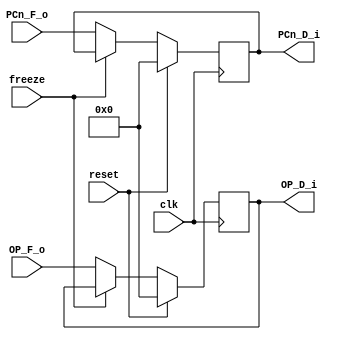
`timescale 1ns / 1ps
//////////////////////////////////////////////////////////////////////////////////
// Company: 
// Engineer: 
// 
// Design Name: 
// Module Name:    D 
// Project Name: 
// Target Devices: 
// Tool versions: 
// Description: 
//
// Dependencies: 
//
// Revision: 
// Revision 0.01 - File Created
// Additional Comments: 
//
//////////////////////////////////////////////////////////////////////////////////
module D(
    input clk,
    input reset,
	 input freeze,
    input [31:0] OP_F_o,
    input [31:0] PCn_F_o,
    output [31:0] OP_D_i,
    output [31:0] PCn_D_i   
    );
reg [31:0] r_OP;
reg [31:0] r_PCn;
always @(posedge clk)begin
      if(reset) begin
		      r_OP<=0;
				r_PCn<=0;
		end
		else if(freeze) begin
		      r_OP<=r_OP;
				r_PCn<=r_PCn;
		end
		else begin
		      r_OP<=OP_F_o;
				r_PCn<=PCn_F_o;
		end
end

assign OP_D_i=r_OP;
assign PCn_D_i=r_PCn;
endmodule